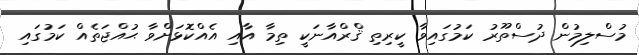
މުސްލިމުން ދުސްތޫރު ކަމުގައިވާ ކީރިތި ޤްރްއާނަކީ ތިމާ އާއި އެއްކޮޅަށްވާ ޙުއްޖަތެއް ކަމުގައި